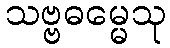
သဗ္ဗဓမ္မေသု